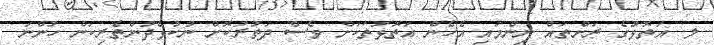
ލ. އަތޮޅުގެ ރަށްތައް ނިންމައި އެހެން އަތޮޅުތަކަށް ވެސް ދަތުރުކޮށް ނުކުޅެދުންތެރިކަން ހުންނަ